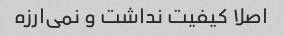
اصلا کیفیت نداشت و نمی‌ارزه